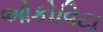
ઓકોવિટા